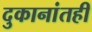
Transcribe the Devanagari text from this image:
दुकानांतही